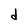
Character: d